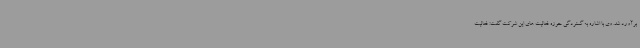
برآورد شد. وی با اشاره به گستردگی حوزه فعالیت های این شرکت گفت: فعالیت